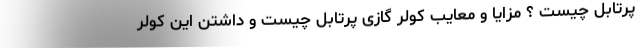
پرتابل چیست ؟ مزایا و معایب کولر گازی پرتابل چیست و داشتن این کولر